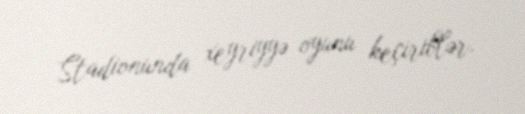
Stadionunda xeyriyyə oyunu keçiriblər.